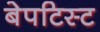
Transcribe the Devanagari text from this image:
बेपटिस्ट